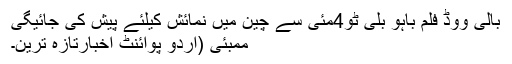
بالی ووڈ فلم باہو بلی ٹو4مئی سے چین میں نمائش کیلئے پیش کی جائیگی
ممبئی (اُردو پوائنٹ اخبارتازہ ترین۔